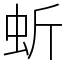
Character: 蚚